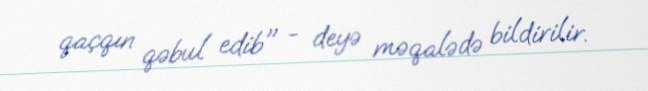
qaçqın qəbul edib" - deyə məqalədə bildirilir.